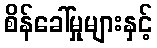
စိန်ခေါ်မှုများနှင့်